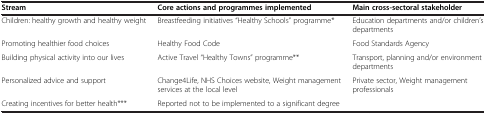
<table><thead><tr><td><b>Stream</b></td><td><b>Core actions and programmes implemented</b></td><td><b>Main cross-sectoral stakeholder</b></td></tr></thead><tbody><tr><td>Children: healthy growth and healthy weight</td><td>Breastfeeding initiatives “Healthy Schools” programme*</td><td>Education departments and/or children’s departments</td></tr><tr><td>Promoting healthier food choices</td><td>Healthy Food Code</td><td>Food Standards Agency</td></tr><tr><td>Building physical activity into our lives</td><td>Active Travel “Healthy Towns” programme**</td><td>Transport, planning and/or environment departments</td></tr><tr><td>Personalized advice and support</td><td>Change4Life, NHS Choices website, Weight management services at the local level</td><td>Private sector, Weight management professionals</td></tr><tr><td>Creating incentives for better health***</td><td>Reported not to be implemented to a significant degree</td><td> </td></tr></tbody></table>